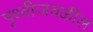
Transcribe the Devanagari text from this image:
पृथ्वीजवळील